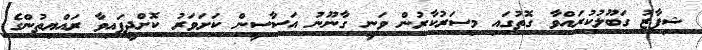
ޝިފާޒު ގަބޫލުކުރައްވާ ގޮތުގައި މިސަރުކާރުން ވަނީ ގާނޫނު އަސާސީން ކަށަވަރު ކޮށްދީފައިވާ ރައްޔިތުންގެ